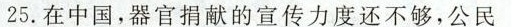
25.在中国，官捐献的宣传力度还不够，公民